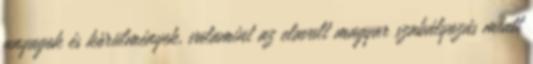
anyagok és körülmények, valamint az elavult magyar szabályozás miatt